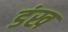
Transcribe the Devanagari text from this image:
डंख